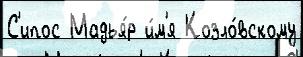
С'ипос Мадья́р и́м'я Козло́вскому